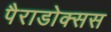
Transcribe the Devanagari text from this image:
पैराडोक्सस